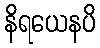
နိရယေနပိ